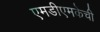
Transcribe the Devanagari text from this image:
एमडीएमकेची